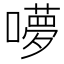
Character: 𭋥